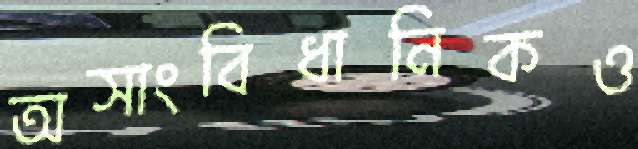
অসাংবিধানিকও